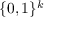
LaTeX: \{ 0 , 1 \} ^ { k }